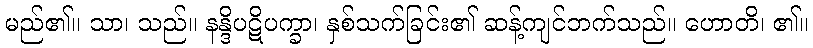
မည်၏။ သာ၊ သည်။ နန္ဒိပဋိပက္ခာ၊ နှစ်သက်ခြင်း၏ ဆန့်ကျင်ဘက်သည်။ ဟောတိ၊ ၏။